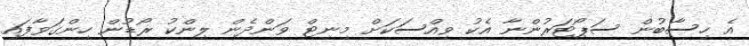
އެ ހިސާބުން ސަޕޯޓަރުންނާ އެކު ވިއްސަކަށް މިނިޓް ވަންދެން ލިންކު ރޯޑުން ހިންގަވާފައި